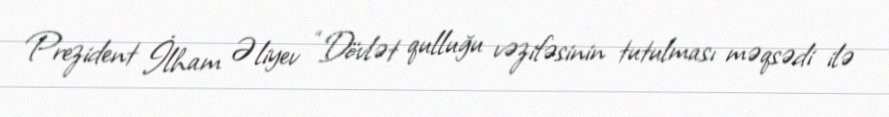
Prezident İlham Əliyev “Dövlət qulluğu vəzifəsinin tutulması məqsədi ilə